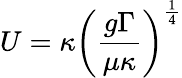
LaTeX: U=\kappa\left(\frac{g\Gamma}{\mu\kappa}\right)^{\frac{1}{4}}